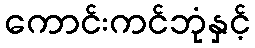
ကောင်းကင်ဘုံနှင့်